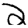
Digit: 2